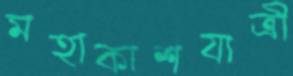
মহাকাশযাত্রী